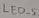
Text: LED_5